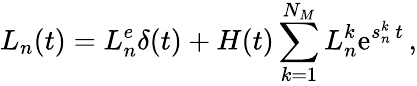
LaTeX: L_{n}(t)=L_{n}^{e}\delta(t)+H(t)\sum_{k=1}^{N_{M}}{L_{n}^{k}}\textrm{e}^{s_{n}^{k}\, t}\, ,